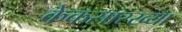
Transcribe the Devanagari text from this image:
केकसारख्या